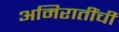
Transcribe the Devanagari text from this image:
अमिरातींची